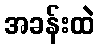
အခန်းထဲ